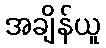
အချိန်ယူ